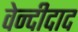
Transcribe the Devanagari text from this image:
वेन्दीदाद